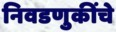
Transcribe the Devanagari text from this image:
निवडणुकींचे